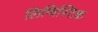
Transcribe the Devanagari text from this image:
लिग्विस्टिक